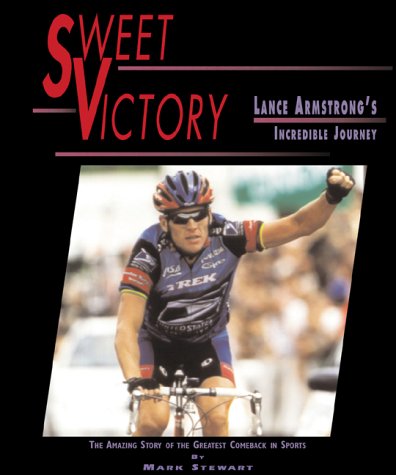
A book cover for Sweet Victory: Lance Armstrong; Mark Stewart; Children's Books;